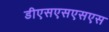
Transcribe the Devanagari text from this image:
डीएसएसएसएस